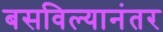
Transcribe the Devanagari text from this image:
बसविल्यानंतर